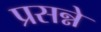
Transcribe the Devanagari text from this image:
प्रसन्ने